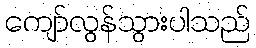
ကျော်လွန်သွားပါသည်